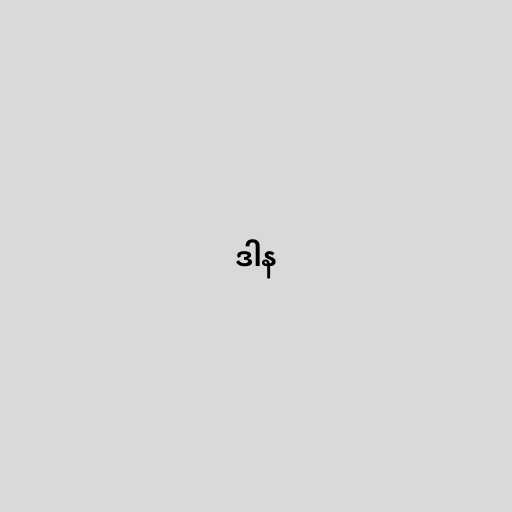
ဒါန